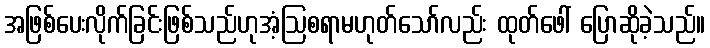
အဖြစ်ပေးလိုက်ခြင်းဖြစ်သည်ဟုအံ့ဩစရာမဟုတ်သော်လည်း ထုတ်ဖေါ် ပြောဆိုခဲ့သည်။